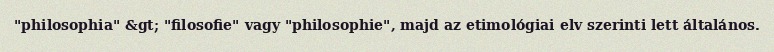
"philosophia" &gt; "filosofie" vagy "philosophie", majd az etimológiai elv szerinti lett általános.